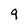
Character: 9